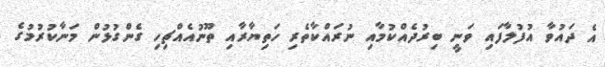
އެ ދައުވާ އުފުލާފައި ވަނީ ބިރުދެއްކުމާއި ނުރައްކާތެރި ހަތިޔާރާއި ތޫނުއެއްޗިހި ގެންގުޅުން މަނާކުރުމުގެ